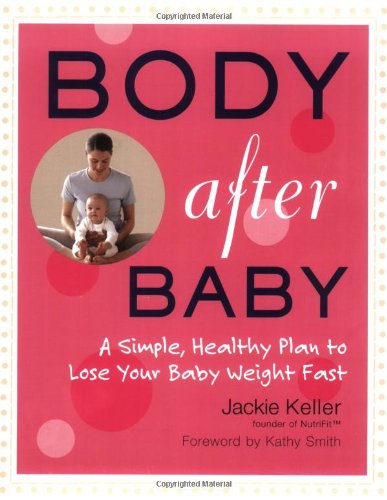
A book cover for Body After Baby: A Simple, Healthy Plan to Lose Your Baby Weight Fast; Jackie Keller; Health, Fitness & Dieting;